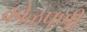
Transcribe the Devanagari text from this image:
कोळपणी